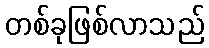
တစ်ခုဖြစ်လာသည်